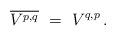
LaTeX: \begin{align*} \overline{V^{p,q}} \ = \ V^{q,p} \,.\end{align*}